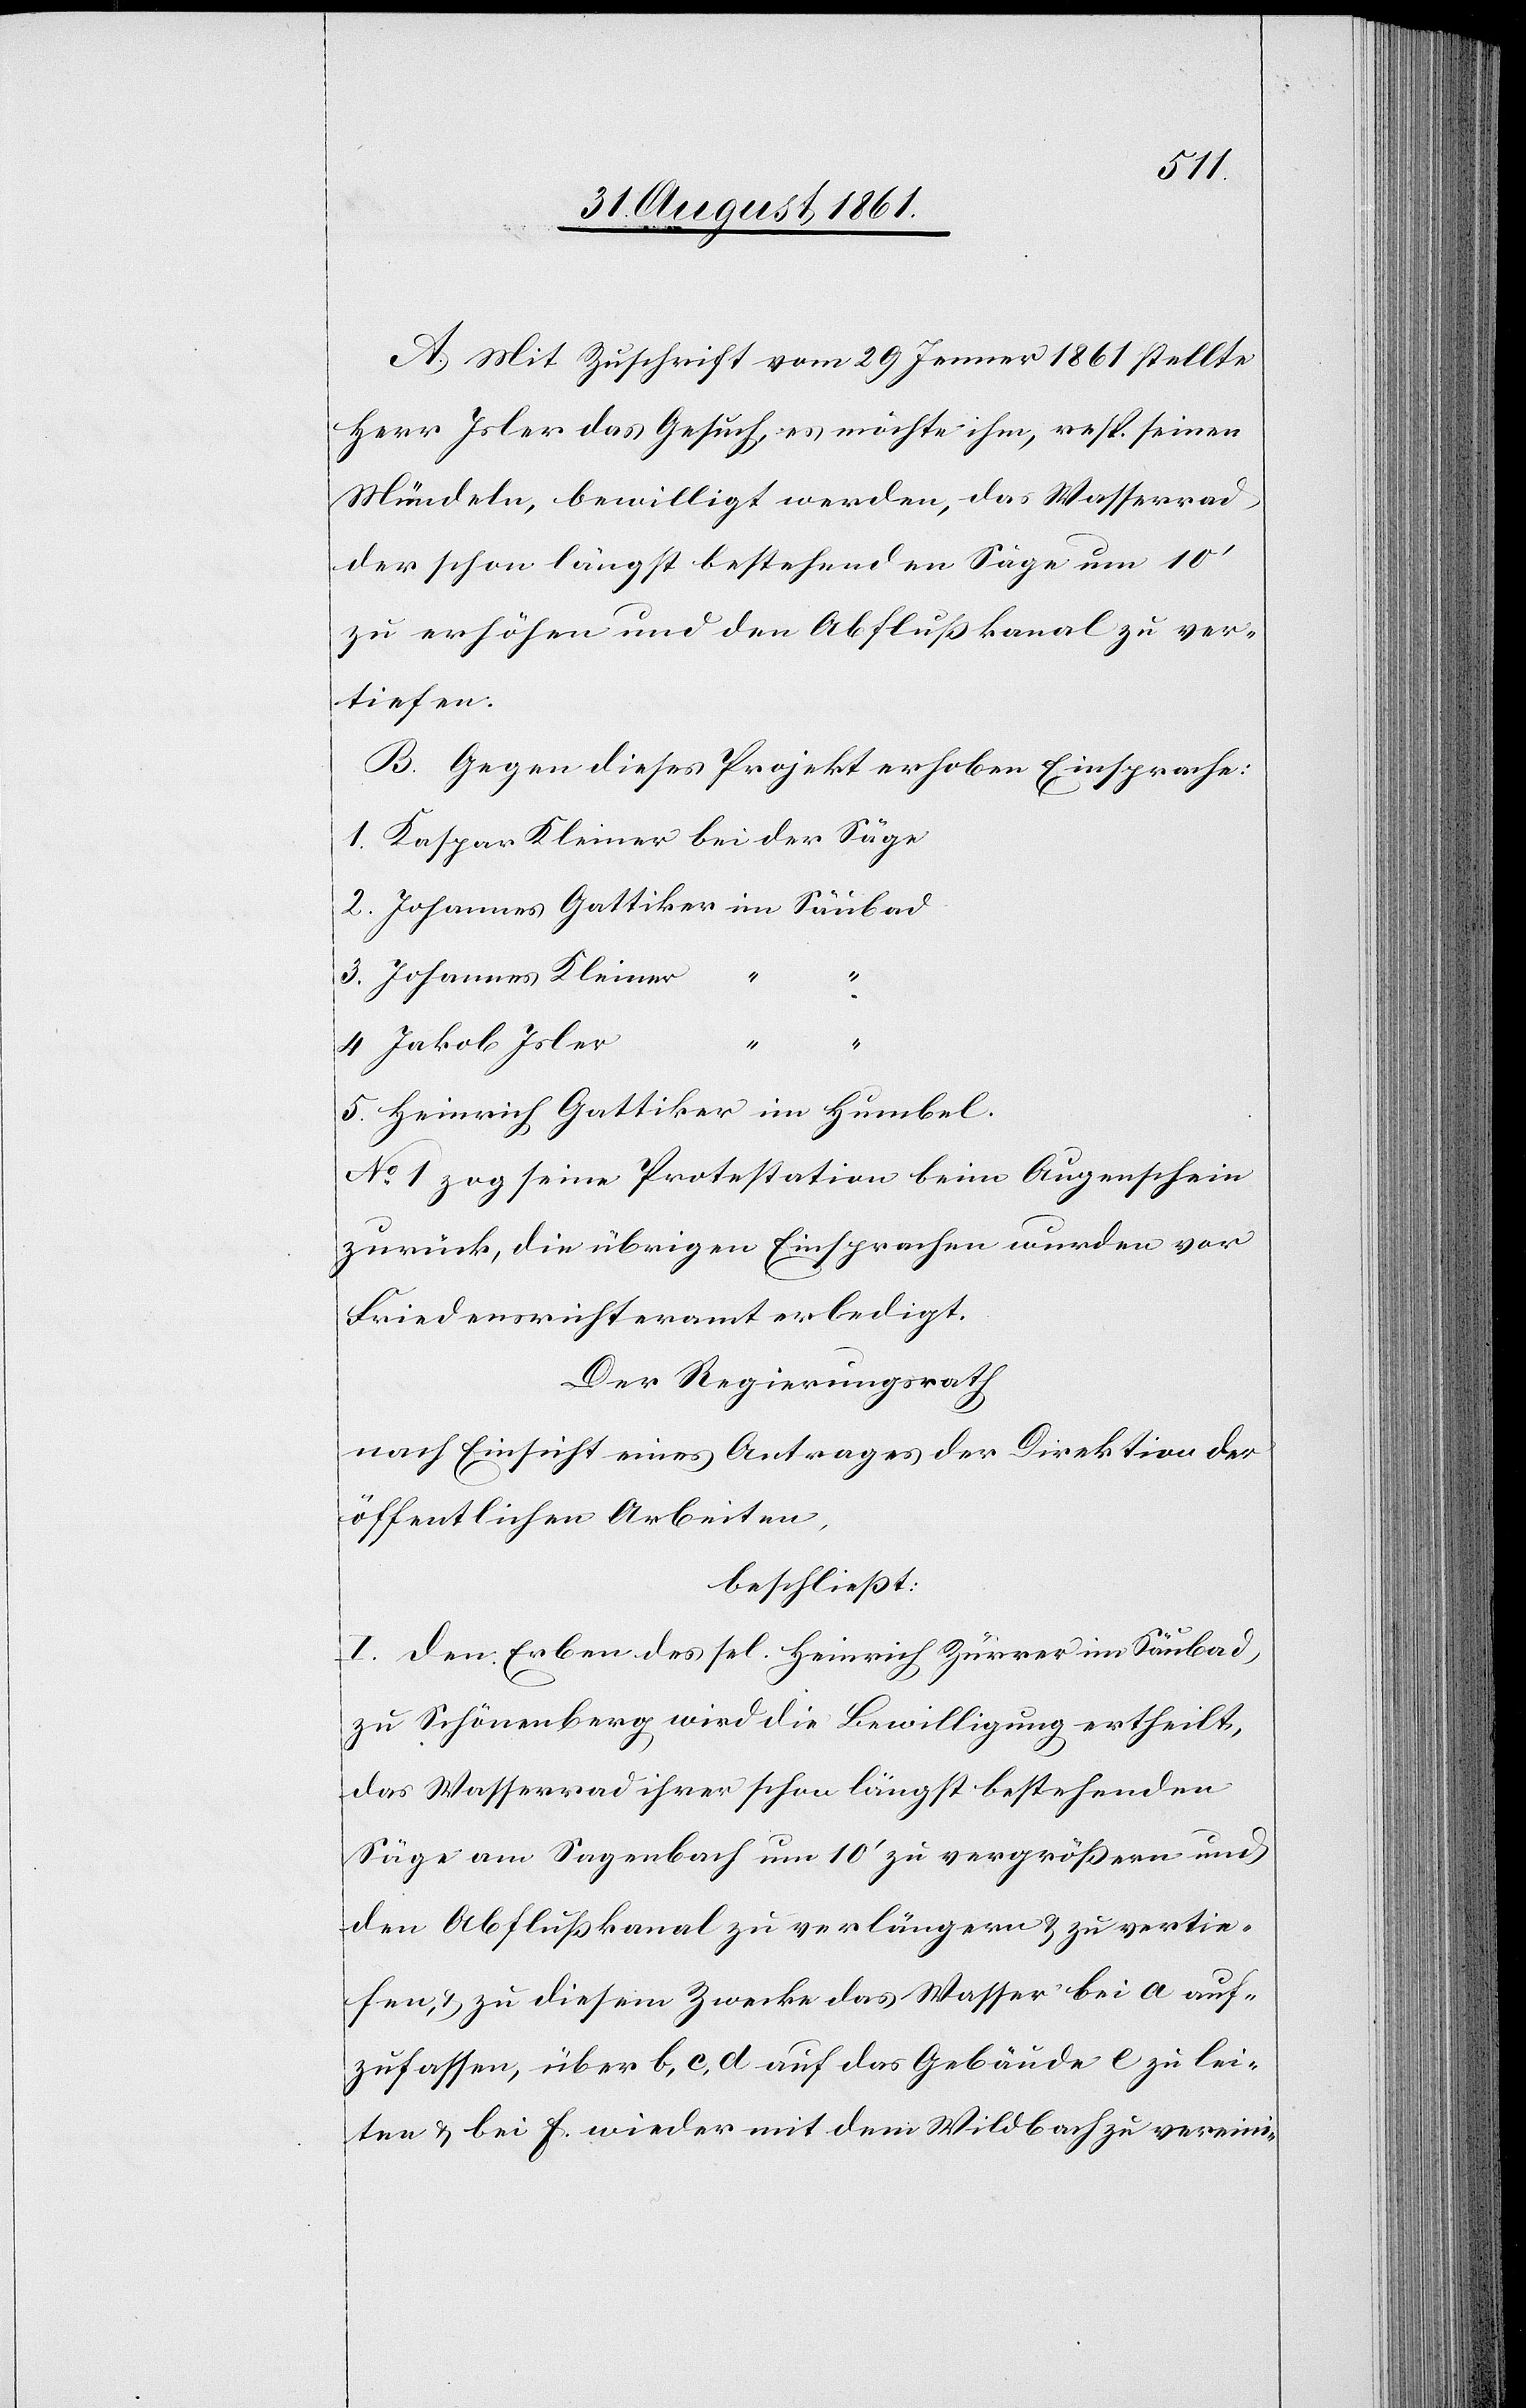
A. Mit Zuschrift vom 29 Jenner 1861 stellte
Herr Isler das Gesuch, es möchte ihm, resp. seinen
Mündeln, bewilligt werden, das Wasserrad
der schon längst bestehenden Säge um 10’
zu erhöhen und den Abflußkanal zu ver¬
tiefen.
B. Gegen dieses Projekt erhoben Einsprache:
1. Kaspar Kleiner bei der Säge
2. Johannes Gattiker im Säubad
3. Johannes Kleiner
“
4. Jakob Isler
5. Heinrich Gattiker im Humbel.
N° 1 zog seine Protestation beim Augenschein
zurück, die übrigen Einsprachen wurden vor
Friedensrichteramt erledigt.
Der Regierungsrath
nach Einsicht eines Antrages der Direktion der
öffentlichen Arbeiten,
beschließt:
I. Den Erben des sel. Heinrich Zürrer im Säubad,
zu Schönenberg wird die Bewilligung ertheilt,
das Wasserrad ihrer schon längst bestehenden
Säge am Sagenbach um 10’ zu vergrößern und
den Abflußkanal zu verlängern u. zu vertie¬
fen u. zu diesem Zwecke das Wasser bei a auf¬
zufassen, über b, c, d auf das Gebäude e zu lei¬
ten u. bei f. wieder mit dem Wildbach zu vereini-